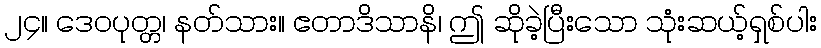
၂၄။ ဒေဝပုတ္တ၊ နတ်သား။ ဧတာဒိသာနိ၊ ဤ ဆိုခဲ့ပြီးသော သုံးဆယ့်ရှစ်ပါး